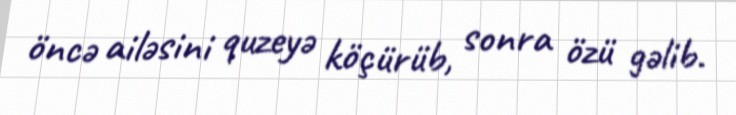
öncə ailəsini quzeyə köçürüb, sonra özü gəlib.